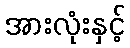
အားလုံးနှင့်